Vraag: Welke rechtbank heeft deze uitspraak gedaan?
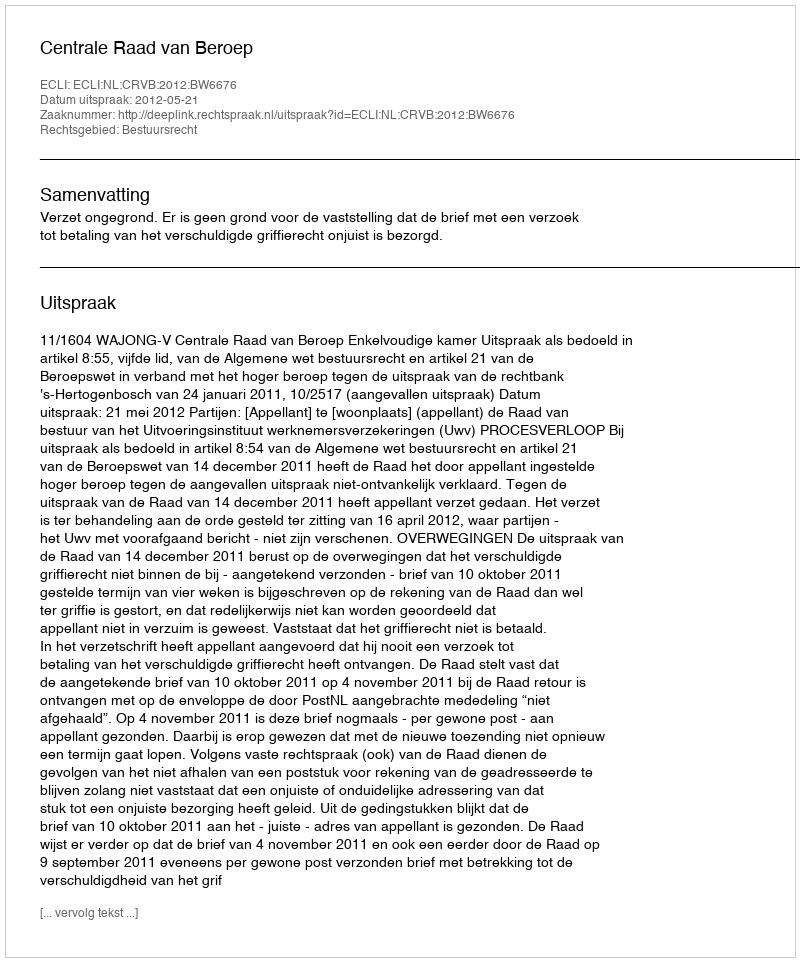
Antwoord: Centrale Raad van Beroep